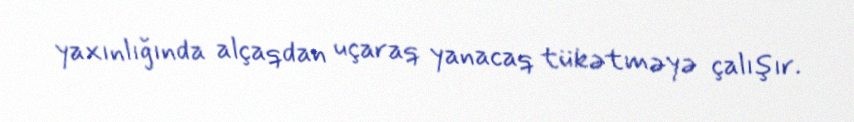
yaxınlığında alçaqdan uçaraq yanacaq tükətməyə çalışır.